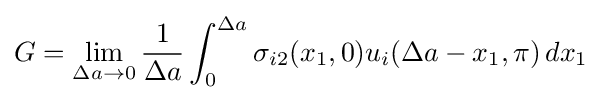
G=\lim _{\Delta a\to 0}{\frac {1}{\Delta a}}\int _{0}^{\Delta a}\sigma _{i2}(x_{1},0)u_{i}(\Delta a-x_{1},\pi )\,dx_{1}